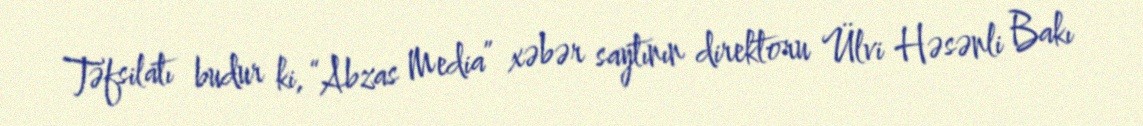
Təfsilatı budur ki, “Abzas Media” xəbər saytının direktoru Ülvi Həsənli Bakı